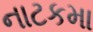
નાટકમા